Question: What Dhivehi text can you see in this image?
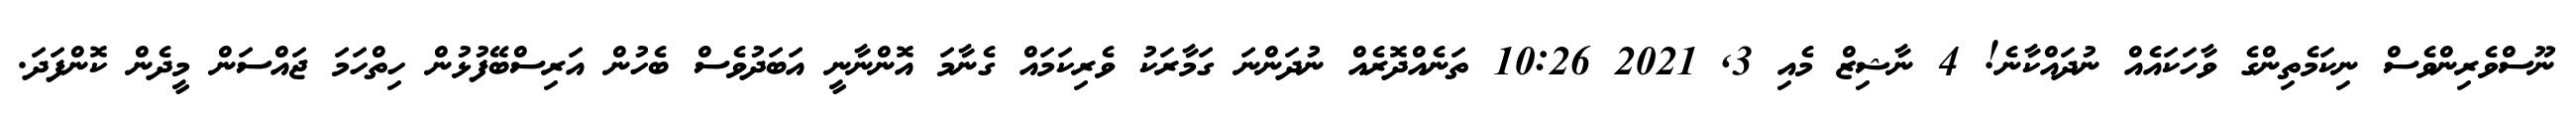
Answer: ނޫސްވެރިންވެސް ނިކަމެތިންގެ ވާހަކައެއް ނުދައްކާނެ! 4 ނާޝިޒް މެއި 3, 2021 10:26 ތަނެއްދޮރެއް ނުދަންނަ ގަމާރަކު ވެރިކަމައް ގެނާމަ އޮންނާނީ އަބަދުވެސް ބެހުން އަރިސްބޭފުޅުން ހިތްހަމަ ޖައްސަން މީދެން ކޮންފަދަ.